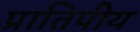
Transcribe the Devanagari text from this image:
प्रातिपीय